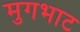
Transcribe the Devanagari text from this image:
मुगभाट